Trukikaitis_Postimees, lk 142
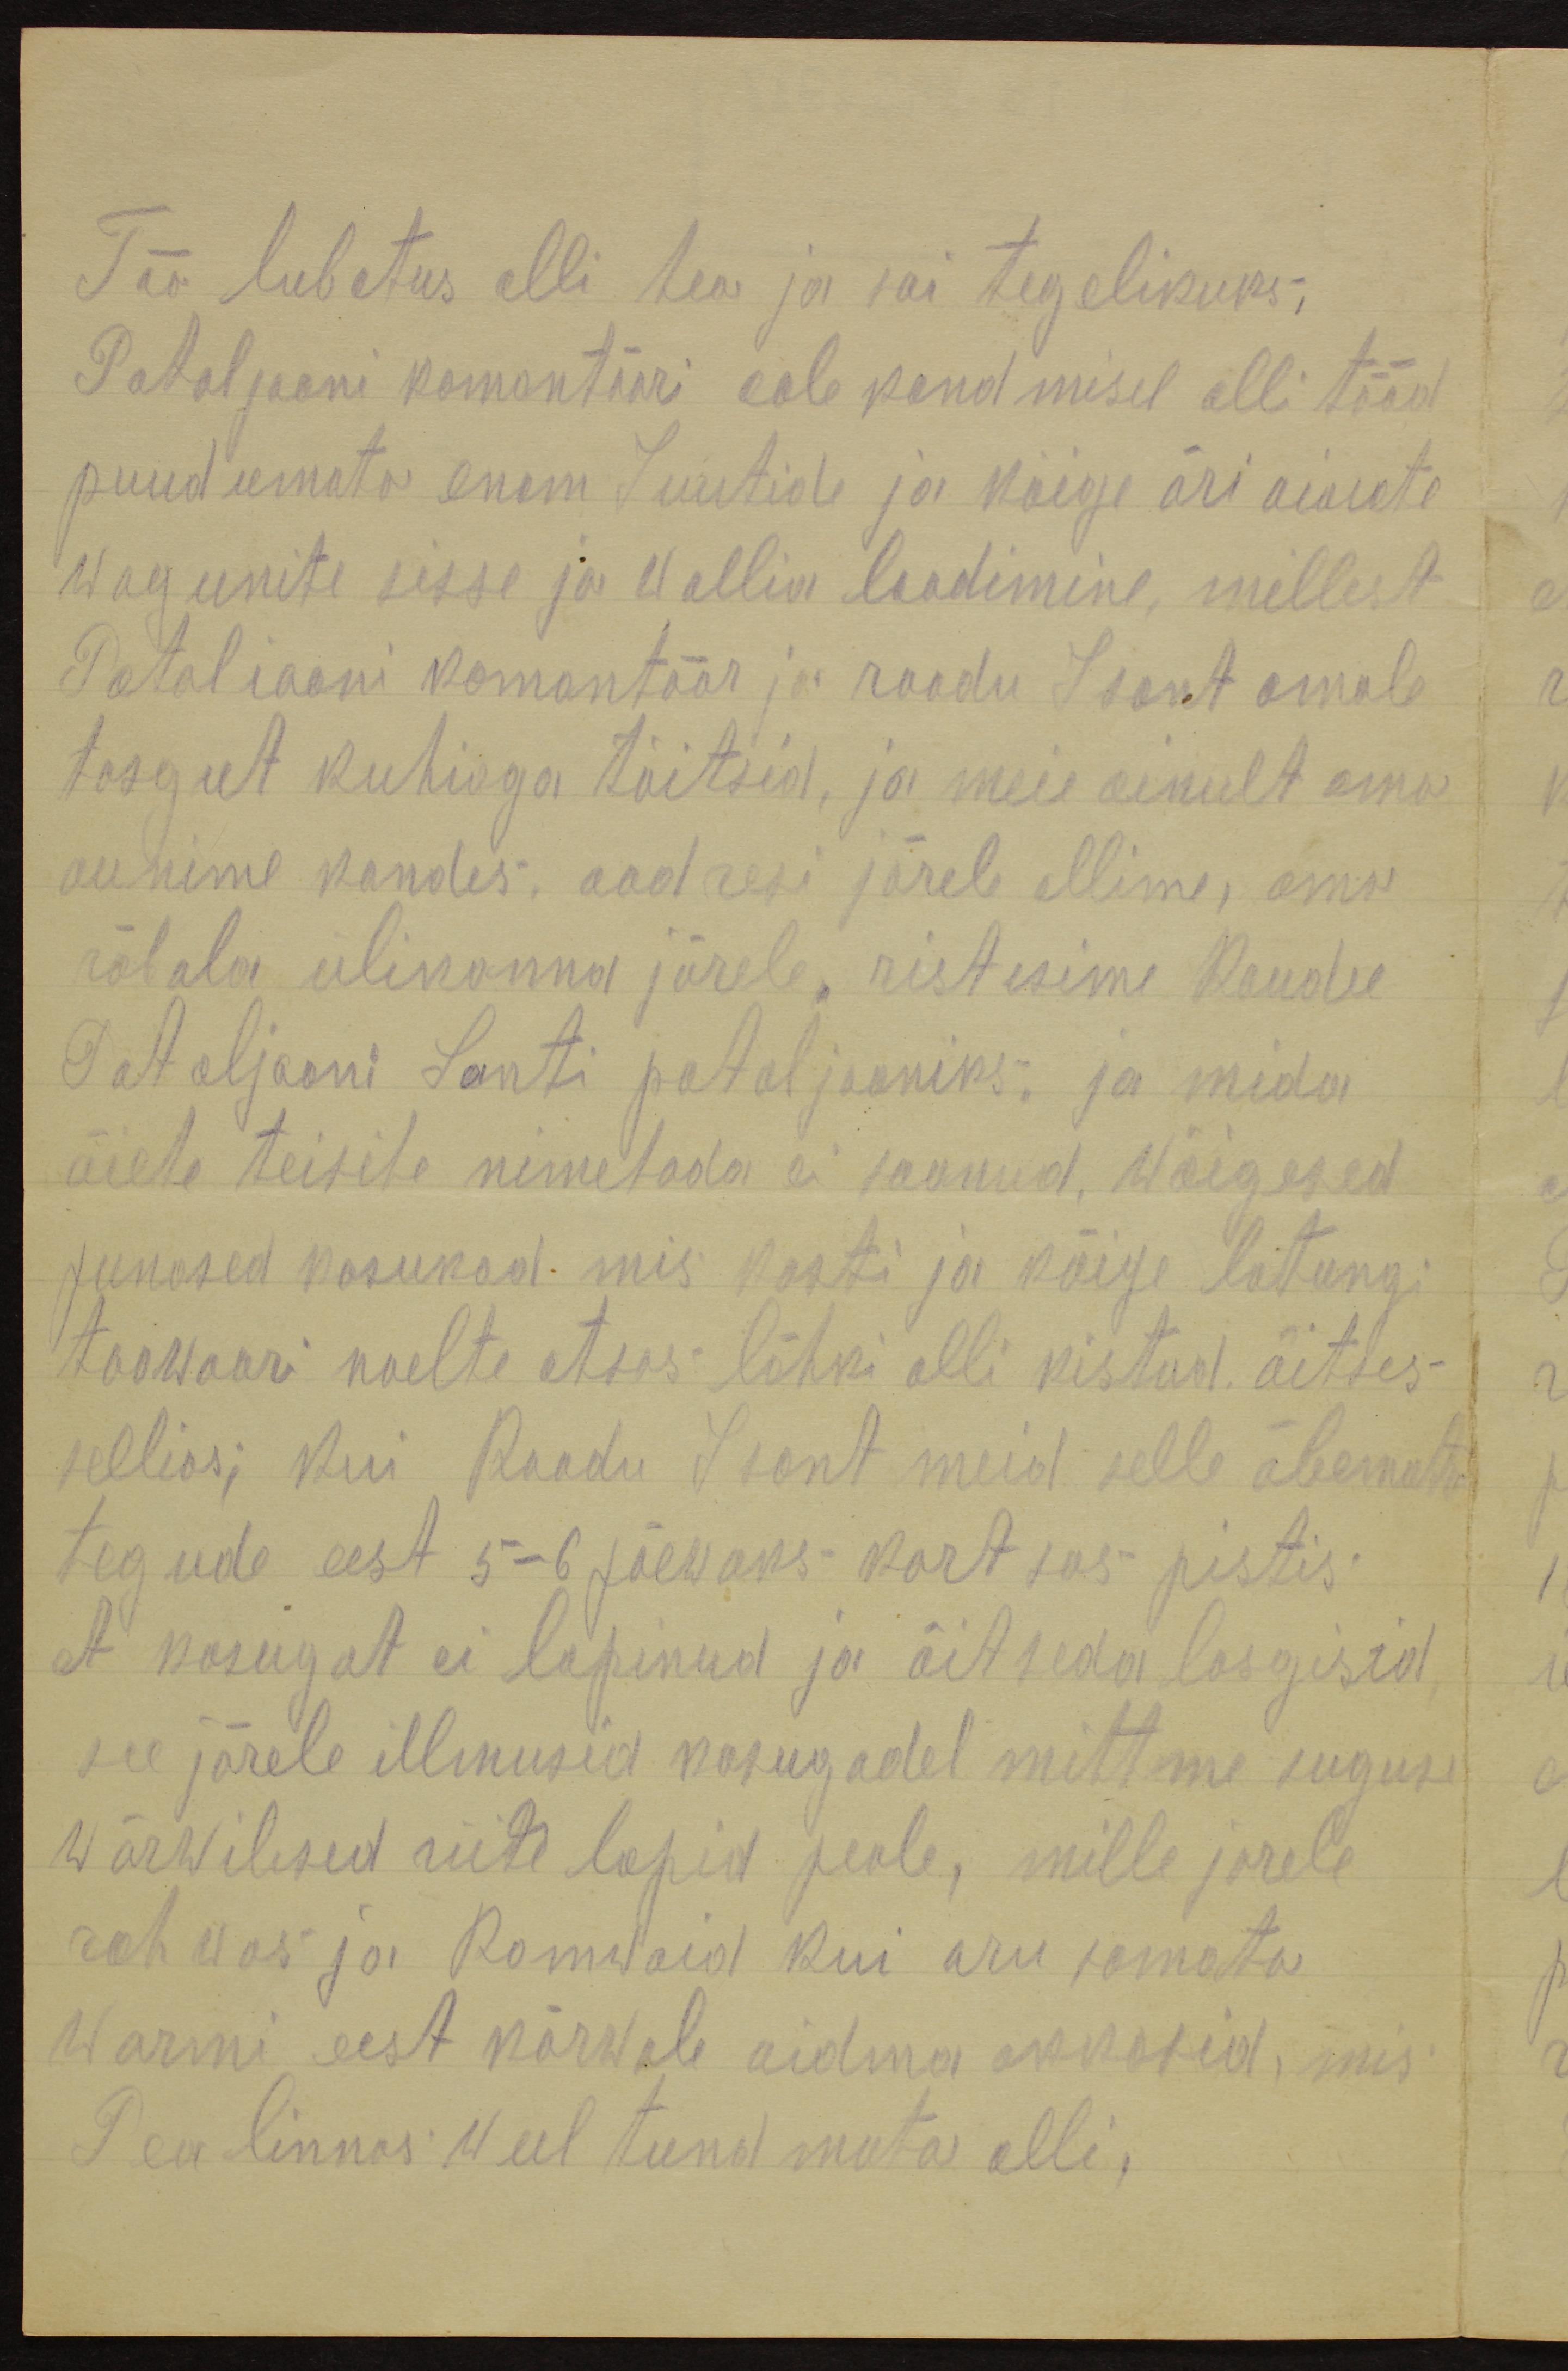
Töö lubatus olli hea ja sai tegelikuks.
Pataljooni komantääri  oolekandimisel olli tööd
puudumata enam Juutide ja kõige äri aiaiate
wagunite sisse ja wallia laadimine, millest
Pataliooni komantöör ja roodu Isant omale
tasgut kuhiaga täitsid, ja meie ainult oma
aunime kandes, aadressi järele olime, oma
räbala ülikonna järele, ristesime Raudse-
Pataljooni Santi pataljooniks, ja mida
õiete teisite nimetada ei saanud, wäigesed
punased kasukad mis kosti ja kõige latungi
toowaari noelte otsas lõhki olli kistud, äitses-
sellios; kui Roodu sont meid selle äbematu
tegude eest 5-6 päewaks kartsas pistis
et kasugat ei lapinud ja õitseda lasgisid,
see järele ilmusid kasugadel mittme suguse
wärwilised riide lapid peale, mille järele
rahwas ja Romwaid kui aru samata
warmi eest kõrwale aidma akkasid, mis
Pea linnas weel tundmata olli,